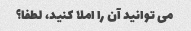
می توانید آن را املا کنید، لطفا؟